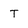
Character: T